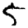
Digit: 5